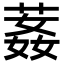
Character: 葌